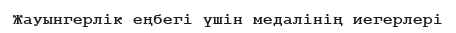
Жауынгерлік еңбегі үшін медалінің иегерлері